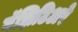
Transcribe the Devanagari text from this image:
गॅझिटिअरे